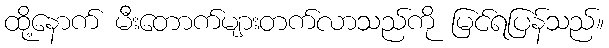
ထို့နောက် မီးတောက်များတက်လာသည်ကို မြင်ရပြန်သည်။